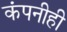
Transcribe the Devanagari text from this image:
कंपनीही